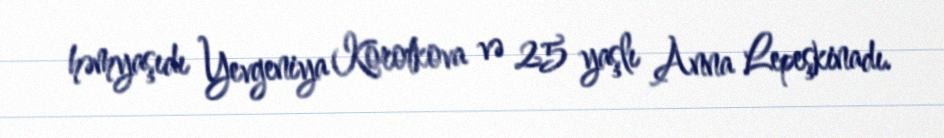
həmyaşıdı Yevgeniya Korotkova və 25 yaşlı Anna Lepeşkinadı.